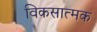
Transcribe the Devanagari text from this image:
विकसात्मक